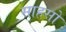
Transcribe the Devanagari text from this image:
साहसों